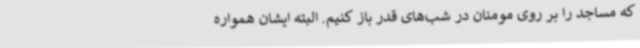
که مساجد را بر روی مومنان در شب‌های قدر باز کنیم. البته ایشان همواره